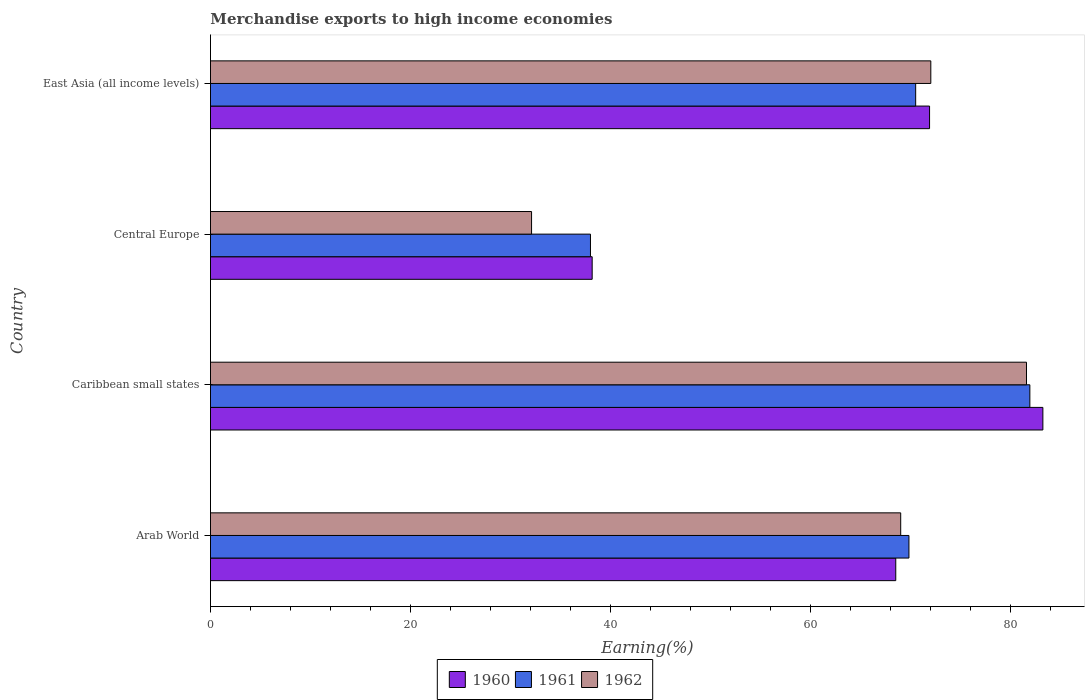
| Country | 1960 | 1961 | 1962 |
 | --- | --- | --- | --- |
 | Arab World | 68.6 | 69.9 | 69.1 |
 | Caribbean small states | 83.3 | 82 | 81.6 |
 | Central Europe | 38.2 | 38 | 32.1 |
 | East Asia (all income levels) | 71.9 | 70.6 | 72.1 |